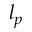
l _ { p }